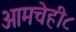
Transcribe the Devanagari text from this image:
आमचेही८